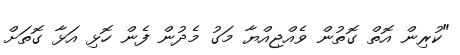
"ކުރިން އޮތް ގޮތުން ވެއްޖިއްޔާ މަގު މެދުން ފެން ހޮޅި އަޅާ ގޮތަށް